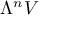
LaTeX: \Lambda ^ { n } V